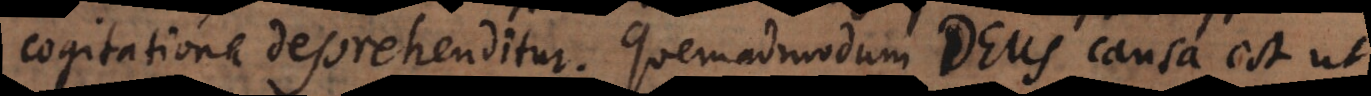
cogitatione deprehenditur. Quemadmodum Deus causa est ut